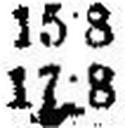
17·8